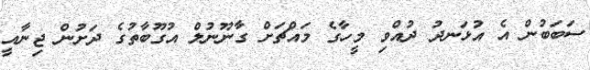
ސަބަބުން އެ އުޅަނދު ދުއްވި މީހާގެ މައްޗަށް ގާނޫނުލް އުގޫބާތުގެ ދަށުން ޖިނާއީ